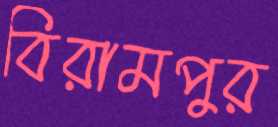
বিরামপুর